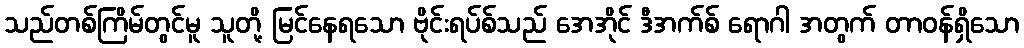
သည်တစ်ကြိမ်တွင်မူ သူတို့ မြင်နေရသော ဗိုင်းရပ်စ်သည် အေအိုင် ဒီအက်စ် ရောဂါ အတွက် တာဝန်ရှိသော